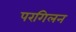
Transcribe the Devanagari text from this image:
परगिलन